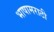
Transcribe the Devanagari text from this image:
भाषामराठी